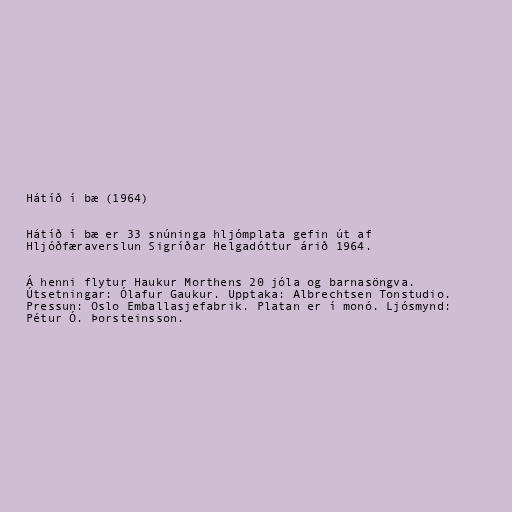
Hátíð í bæ (1964)

Hátíð í bæ er 33 snúninga hljómplata gefin út af
Hljóðfæraverslun Sigríðar Helgadóttur árið 1964.

Á henni flytur Haukur Morthens 20 jóla og barnasöngva.
Útsetningar: Ólafur Gaukur. Upptaka: Albrechtsen Tonstudio.
Pressun: Oslo Emballasjefabrik. Platan er í monó. Ljósmynd:
Pétur Ó. Þorsteinsson.